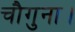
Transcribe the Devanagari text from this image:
चौगुना।